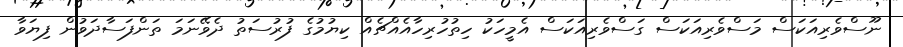
ނޫސްވެރިއަކަސް މަސްވެރިއަކަސް ގަސްވެރިއަކަސް އެމީހަކު ހިތުހުރިހާއެއްޗެއް ކިޔުމުގެ ފުރުސަތު ދެވޭނަމަ ތަންފަސާދަވުން ފިޔަވާ